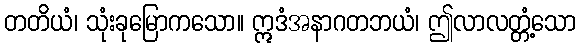
တတိယံ၊ သုံးခုမြောကသော။ ဣဒံအနာဂတဘယံ၊ ဤလာလတ္တံ့သော